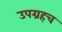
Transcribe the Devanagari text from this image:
उपग्रहच